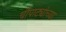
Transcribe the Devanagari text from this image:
चौपाट्यांच्या